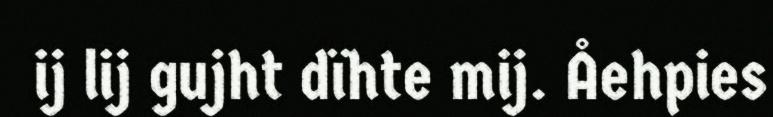
ij lij gujht dïhte mij. Åehpies